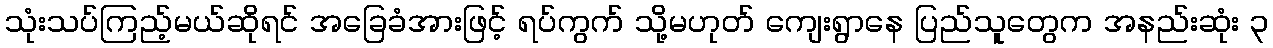
သုံးသပ်ကြည့်မယ်ဆိုရင် အခြေခံအားဖြင့် ရပ်ကွက် သို့မဟုတ် ကျေးရွာနေ ပြည်သူတွေက အနည်းဆုံး ၃